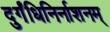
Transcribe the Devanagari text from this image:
दुर्गंधिनिर्नाशनम्